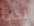
لجأت